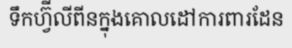
ទឹកហ្វ៊ីលីពីនក្នុងគោលដៅការពារដែន